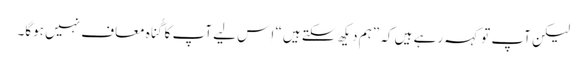
‏ لیکن آپ تو کہہ رہے ہیں کہ ”‏ہم دیکھ سکتے ہیں“‏ اِس لیے آپ کا گُناہ معاف نہیں ہوگا۔